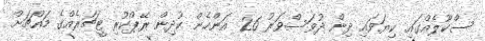
ސްކޫލެއްގައި ކިޔަވައި ދިން ދުވަސްވަރު 26 އަންހެން ކުދިން ރޭޕްކުރި ޓީޗަރެއްގެ މައްޗަށް